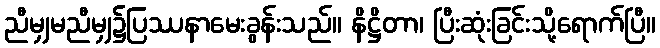
ညီမျှမညီမျှ၌ပြဿနာမေးခွန်းသည်။ နိဋ္ဌိတာ၊ ပြီးဆုံးခြင်းသို့ရောက်ပြီ။